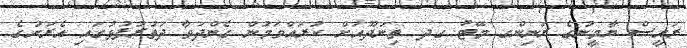
ރައީސް ޔާމީނުގެ ރަނިންގ މޭޓު ގދ. ތިނަދޫއަށް ކުރައްވަމުން ގެންދަވާ ދަތުރުފުޅުގައި އެރަށުގެ